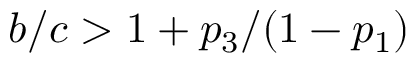
b / c > 1 + p _ { 3 } / ( 1 - p _ { 1 } )